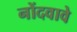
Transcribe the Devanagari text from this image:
नोंदवावे